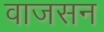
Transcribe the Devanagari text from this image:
वाजसन